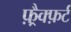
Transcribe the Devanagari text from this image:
फ़्रैक्फ़र्ट